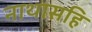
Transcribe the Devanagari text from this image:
नाथासहि